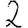
Digit: 2